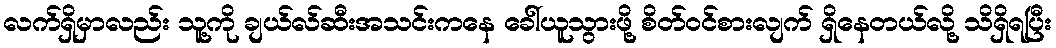
လက်ရှိမှာလည်း သူ့ကို ချယ်လ်ဆီးအသင်းကနေ ခေါ်ယူသွားဖို့ စိတ်ဝင်စားလျက် ရှိနေတယ်လို့ သိရှိရပြီး